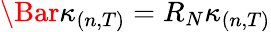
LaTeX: \Bar{\kappa}_{(n,T)}=R_{N}\kappa_{(n,T)}